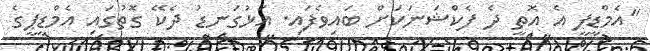
"އެމްޑީޕީ އެ އޮތީ ދެ ފެކްޝަނަކަށް ބައިވެފައި. އަޅުގަނޑު ދެކޭ ގޮތުގައި އެމްޑީޕީގެ